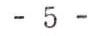
- 5 -